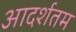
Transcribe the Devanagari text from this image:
आदर्शतम